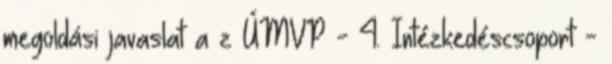
megoldási javaslat a z ÚMVP - 4. Intézkedéscsoport -